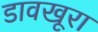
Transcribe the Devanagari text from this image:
डावखूरा